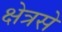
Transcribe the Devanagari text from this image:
क्षेत्रसे